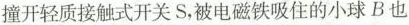
撞开轻质接触式开关S，被电磁铁吸住的小球B也